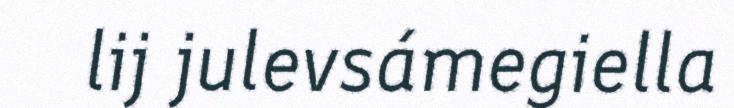
lij julevsámegiella